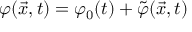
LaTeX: \varphi ( { \vec { x } } , t ) = \varphi _ { 0 } ( t ) + { \tilde { \varphi } } ( \vec { x } , t )